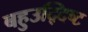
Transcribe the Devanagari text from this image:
बहुउद्दिष्ट